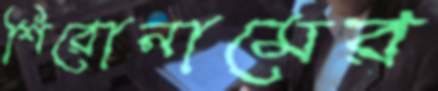
শিরোনামের